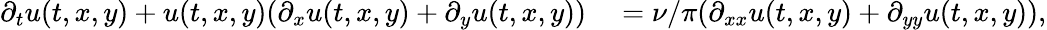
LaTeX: \begin{array}{rl}{\partial_{t}u(t,x,y)+u(t,x,y)(\partial_{x}u(t,x,y)+\partial_{y}u(t,x,y))}&{{}=\nu/\pi(\partial_{xx}u(t,x,y)+\partial_{yy}u(t,x,y)),}\end{array}